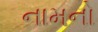
નામનો